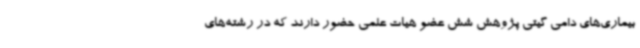
بیماری‌های دامی گیتی پژوهش شش عضو هیات علمی حضور دارند که در رشته‌های